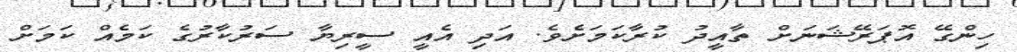
ހިންގޭ އޮޕަރޭޝަނަށް ތާއީދު ކުރާކަމަށެވެ. އަދި އެއީ ސީރިޔާ ސަރުކާރުގެ ކަމެއް ކަމަށް